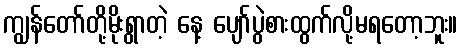
ကျွန်တော်တို့မိုးရွာတဲ့ နေ့ ပျော်ပွဲစားထွက်လို့မရတော့ဘူး။